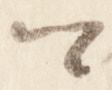
卿